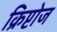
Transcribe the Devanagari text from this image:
क्रिप्टोज